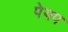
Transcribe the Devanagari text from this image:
पेयप